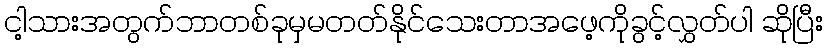
ငါ့သားအတွက်ဘာတစ်ခုမှမတတ်နိုင်သေးတာအဖေ့ကိုခွင့်လွှတ်ပါ ဆိုပြီး